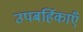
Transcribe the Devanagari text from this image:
उपबर्हिकाएँ